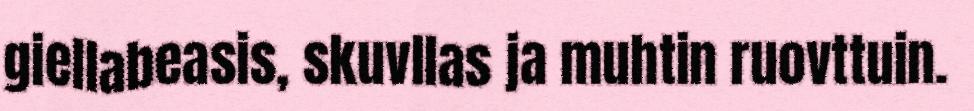
giellabeasis, skuvllas ja muhtin ruovttuin.